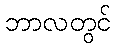
ဘာလတွင်